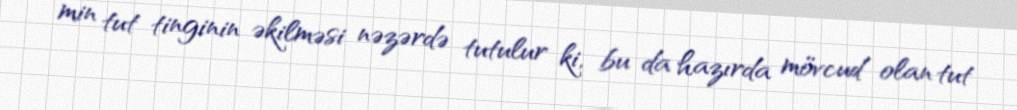
min tut tinginin əkilməsi nəzərdə tutulur ki, bu da hazırda mövcud olan tut